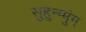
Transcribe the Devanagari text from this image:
सुहुन्ग्मुंग